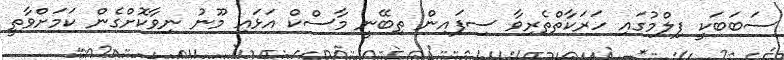
ސަބަބަކީ ފިލްމުގައި ހަރަކާތްތެރިވާ ސިފައިން ތިބޭނީ މާސްކް އަޅައި މޫނު ނިވާކޮށްގެން ކަމަށްވާތީ